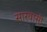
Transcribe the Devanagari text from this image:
सारवासी